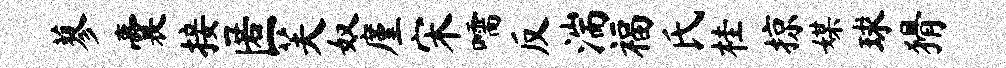
蓼囊接匿芙奴廑宋嚅反湍福氏桂掠媒球猾